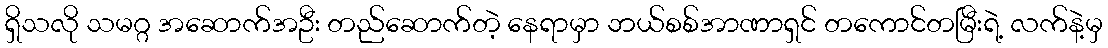
ရှိသလို သမဂ္ဂ အဆောက်အဦး တည်ဆောက်တဲ့ နေရာမှာ ဘယ်စစ်အာဏာရှင် တကောင်တမြီးရဲ့ လက်နဲ့မှ